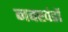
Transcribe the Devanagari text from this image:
नवखंडों